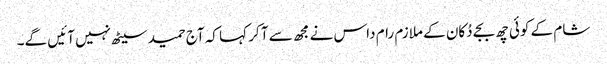
شام کے کوئی چھ بجے دُکان کے ملازم رام داس نے مجھ سے آ کر کہا کہ آج حمید سیٹھ نہیں آئیں گے۔